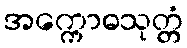
အက္ကောဓသုတ္တံ